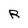
Character: R